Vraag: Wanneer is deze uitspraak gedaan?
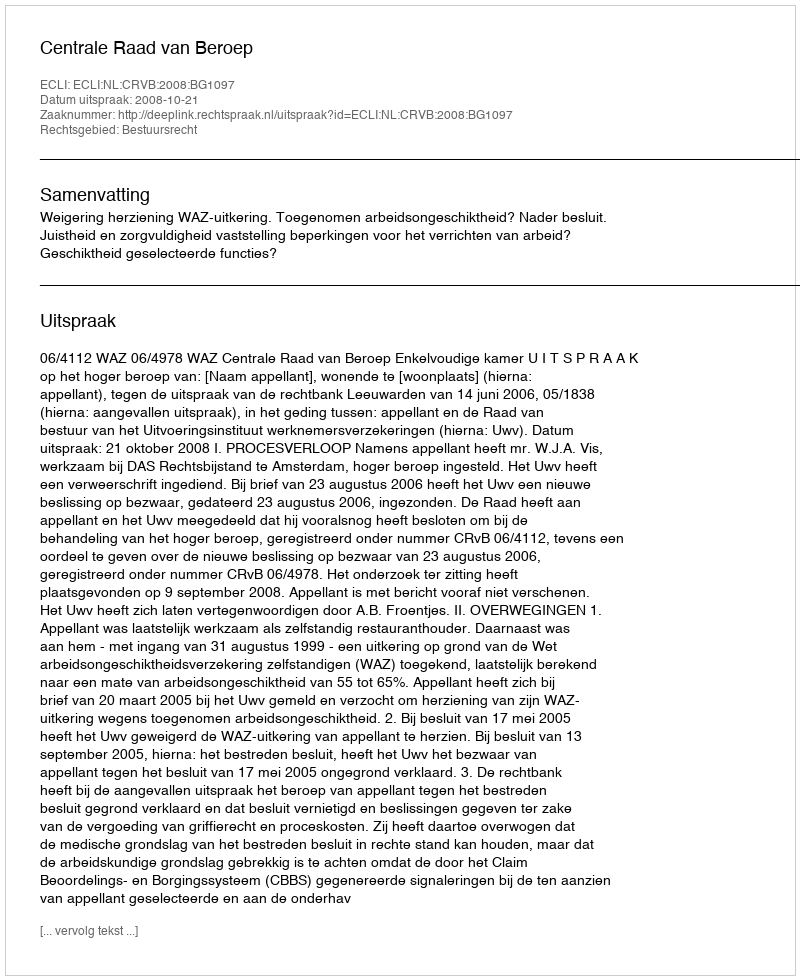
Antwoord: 2008-10-21